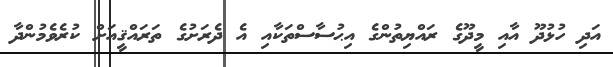
އަދި ހުޅުދޫ އާއި މީދޫގެ ރައްޔިތުންގެ އިޙުސާސްތަކާއި އެ ދެރަށުގެ ތަރައްޤީއަށް ކުރެވެމުންދާ